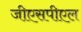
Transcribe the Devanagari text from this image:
जीएसपीएल